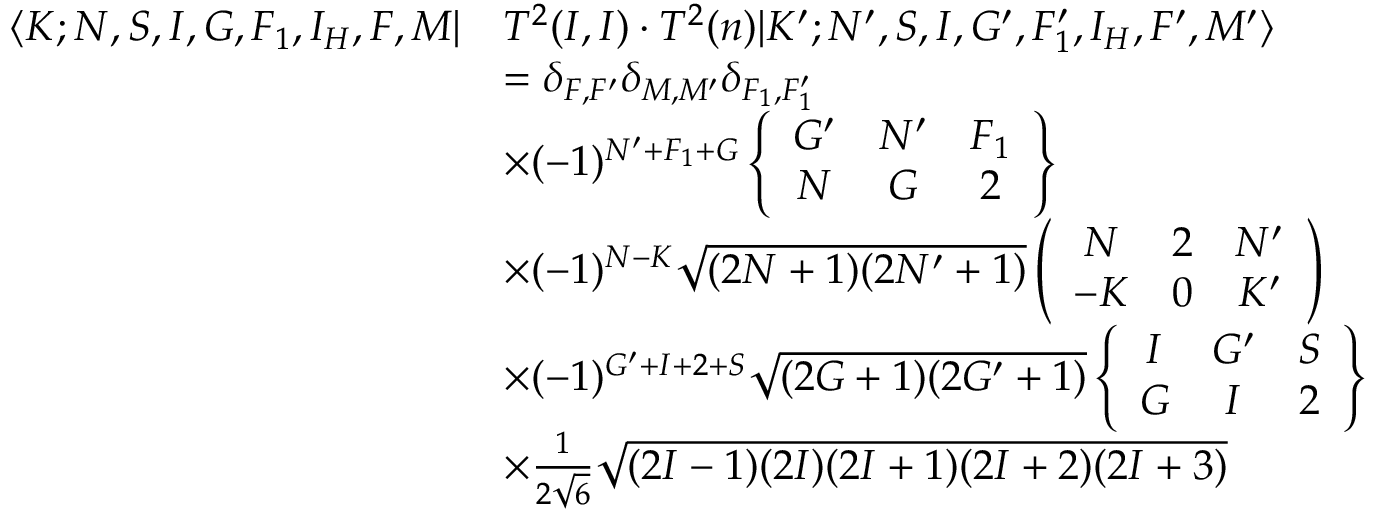
\begin{array} { r l } { \langle K ; N , S , I , G , F _ { 1 } , I _ { H } , F , M | } & { T ^ { 2 } ( I , I ) \cdot T ^ { 2 } ( n ) | K ^ { \prime } ; N ^ { \prime } , S , I , G ^ { \prime } , F _ { 1 } ^ { \prime } , I _ { H } , F ^ { \prime } , M ^ { \prime } \rangle } \\ & { = \delta _ { F , F ^ { \prime } } \delta _ { M , M ^ { \prime } } \delta _ { F _ { 1 } , F _ { 1 } ^ { \prime } } } \\ & { \times ( - 1 ) ^ { N ^ { \prime } + F _ { 1 } + G } \left\{ \begin{array} { c c c } { G ^ { \prime } } & { N ^ { \prime } } & { F _ { 1 } } \\ { N } & { G } & { 2 } \end{array} \right\} } \\ & { \times ( - 1 ) ^ { N - K } \sqrt { ( 2 N + 1 ) ( 2 N ^ { \prime } + 1 ) } \left( \begin{array} { c c c } { N } & { 2 } & { N ^ { \prime } } \\ { - K } & { 0 } & { K ^ { \prime } } \end{array} \right) } \\ & { \times ( - 1 ) ^ { G ^ { \prime } + I + 2 + S } \sqrt { ( 2 G + 1 ) ( 2 G ^ { \prime } + 1 ) } \left\{ \begin{array} { c c c } { I } & { G ^ { \prime } } & { S } \\ { G } & { I } & { 2 } \end{array} \right\} } \\ & { \times \frac { 1 } { 2 \sqrt { 6 } } \sqrt { ( 2 I - 1 ) ( 2 I ) ( 2 I + 1 ) ( 2 I + 2 ) ( 2 I + 3 ) } } \end{array}